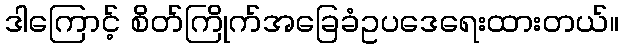
ဒါကြောင့် စိတ်ကြိုက်အခြေခံဥပဒေရေးထားတယ်။